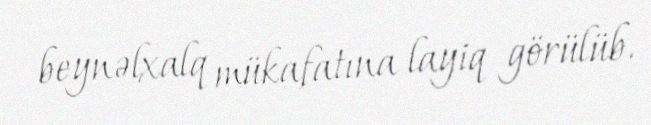
beynəlxalq mükafatına layiq görülüb.